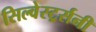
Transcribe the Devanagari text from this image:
सिल्वेस्टर्र्सनी